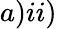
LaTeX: a)ii)